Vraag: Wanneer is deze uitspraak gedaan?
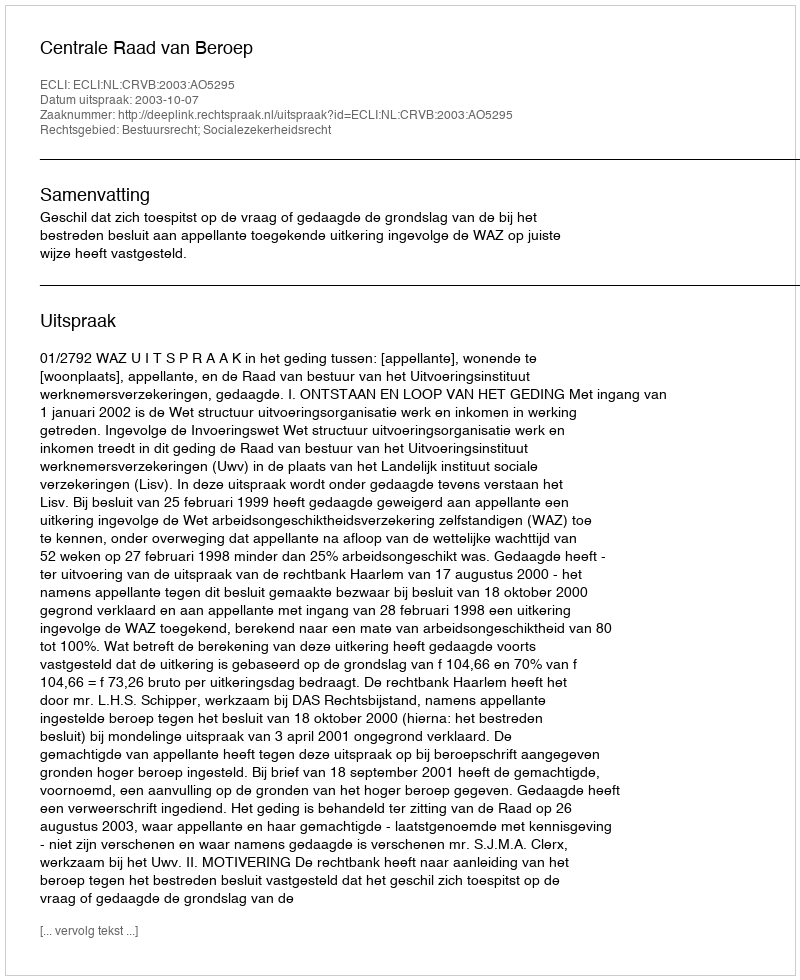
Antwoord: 2003-10-07